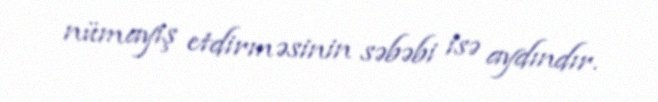
nümayiş etdirməsinin səbəbi isə aydındır.